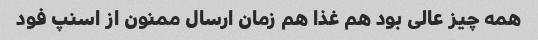
همه چیز عالی بود هم غذا هم زمان ارسال ممنون از اسنپ فود